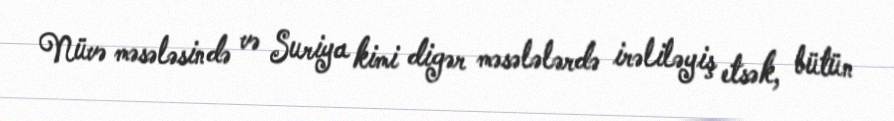
Nüvə məsələsində və Suriya kimi digər məsələlərdə irəliləyiş etsək, bütün